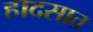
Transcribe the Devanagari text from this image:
हादसात